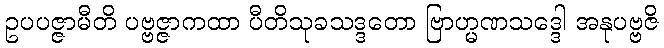
ဥပပဇ္ဇာမီတိ ပဗ္ဗဇ္ဇာကထာ ပီတိသုခသဒ္ဒတော ဗြာဟ္မဏသဒ္ဒေါ အနုပဗ္ဗဇိ